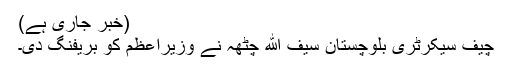
(خبر جاری ہے)
چیف سیکرٹری بلوچستان سیف الله چٹھہ نے وزیراعظم کو بریفنگ دی۔